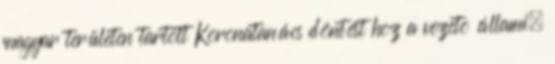
magyar területen tartott Koronatanács döntést hoz a vezetõ állami,